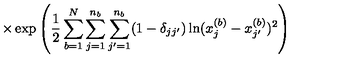
\times \exp \left( \frac { 1 } { 2 } \sum _ { b = 1 } ^ { N } \sum _ { j = 1 } ^ { n _ { b } } \sum _ { j ^ { \prime } = 1 } ^ { n _ { b } } ( 1 - \delta _ { j j ^ { \prime } } ) \ln ( x _ { j } ^ { ( b ) } - x _ { j ^ { \prime } } ^ { ( b ) } ) ^ { 2 } \right)